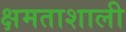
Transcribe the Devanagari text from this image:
क्षमताशाली